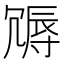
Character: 䢆